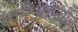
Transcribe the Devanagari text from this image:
करिअरमधील